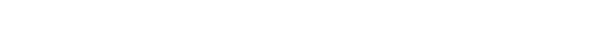
ဤတိုက်ပေါ်တွင် သူစိမ်းမိန်းကလေးတစ်ယောက်ကို တွေ့ရခဲသောကြောင့်လား မသိ။